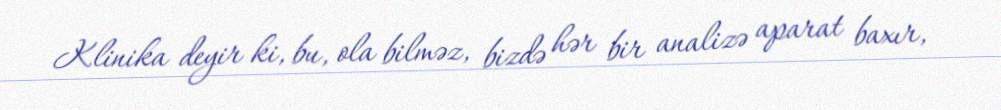
Klinika deyir ki, bu, ola bilməz, bizdə hər bir analizə aparat baxır,